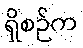
ရှိစဉ်က